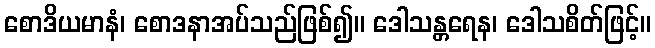
စောဒိယမာနံ၊ စောဒနာအပ်သည်ဖြစ်၍။ ဒေါသန္တရေန၊ ဒေါသစိတ်ဖြင့်။